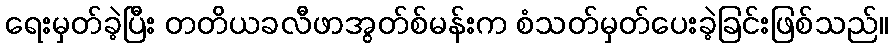
ရေးမှတ်ခဲ့ပြီး တတိယခလီဖာအွတ်စ်မန်းက စံသတ်မှတ်ပေးခဲ့ခြင်းဖြစ်သည်။